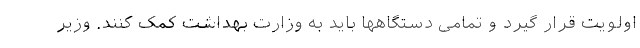
اولویت قرار گیرد و تمامی دستگاهها باید به وزارت بهداشت کمک کنند. وزیر